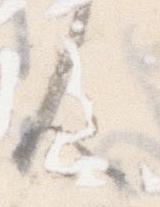
ん